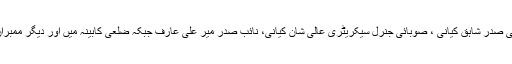
تمام سرگرمیوں میں صوبائی صدر شاہق کیانی ، صوبائی جنرل سیکریٹری عالی شان کیانی، نائب صدر میر علی عارف جبکہ ضلعی کابینہ میں اور دیگر ممبران نے بھرپور کردار ادا کیا۔